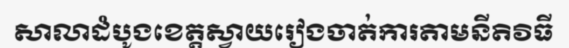
សាលាដំបូងខេត្តស្វាយរៀងចាត់ការតាមនីតិវិធី